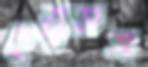
ইয়ুভস